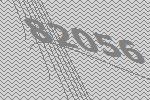
82056